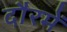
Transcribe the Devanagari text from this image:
दौरमें